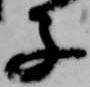
子